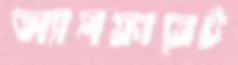
অ্যালফাবেট